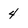
Character: 4